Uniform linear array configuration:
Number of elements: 64
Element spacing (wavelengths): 0.25
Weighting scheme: blackman
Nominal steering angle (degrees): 45
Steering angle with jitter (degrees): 45.576
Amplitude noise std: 0.05
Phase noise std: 0.05

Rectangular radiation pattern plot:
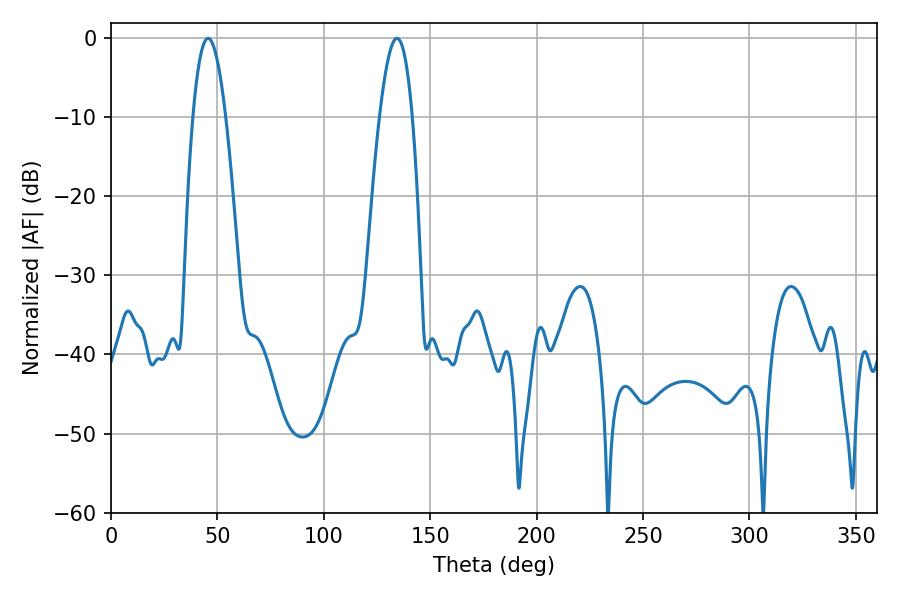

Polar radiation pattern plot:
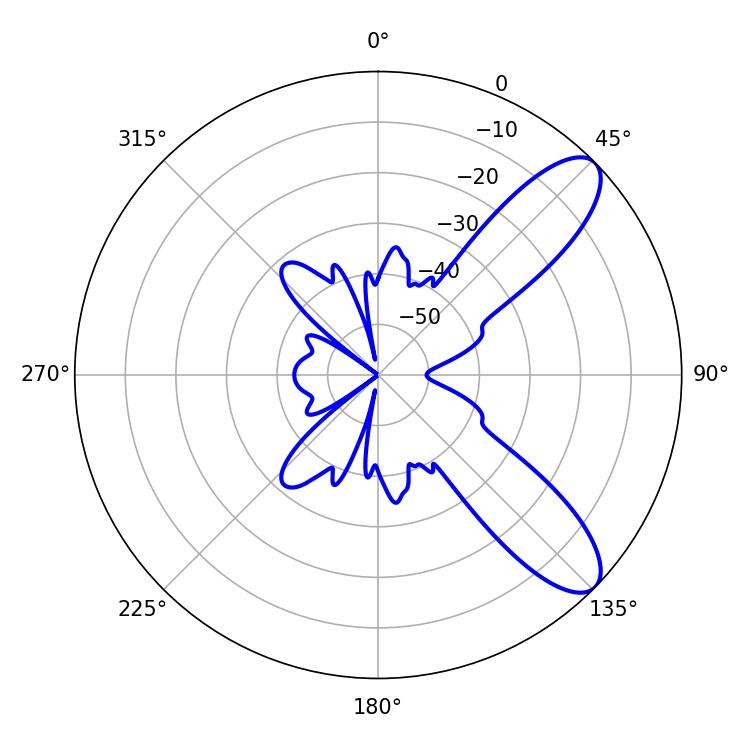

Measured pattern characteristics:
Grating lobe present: FALSE
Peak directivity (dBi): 9.432
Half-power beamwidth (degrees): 8.46
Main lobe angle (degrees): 45.54